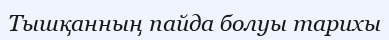
Тышқанның пайда болуы тарихы